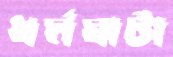
ধর্মঘাটা